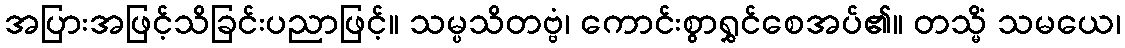
အပြားအဖြင့်သိခြင်းပညာဖြင့်။ သမ္ပသိတဗ္ဗံ၊ ကောင်းစွာရွှင်စေအပ်၏။ တသ္မိံ သမယေ၊